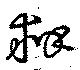
辯